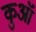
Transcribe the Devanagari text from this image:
कुआॅ